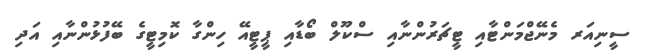
ސީނިއަރ މެނޭޖްމަންޓާއި ޓީޗަރުންނާއި ސްކޫލް ބޯޑާއި ޕީޓީއޭ ހިންގާ ކޮމިޓީގެ ބޭފުޅުންނާއި އަދި